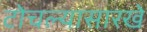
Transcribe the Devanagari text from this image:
टोचल्यासारखे